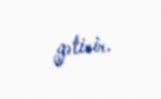
gətirir.